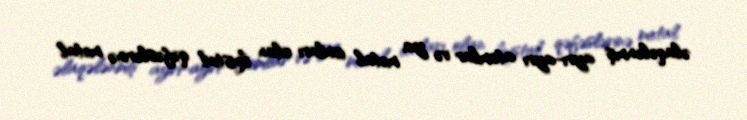
əlaqələnmiş ayrı-ayrı atomlar və ya metal ionları olan kristal qəfəslərinə metal